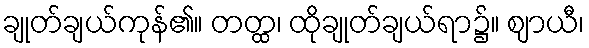
ချုတ်ချယ်ကုန်၏။ တတ္ထ၊ ထိုချုတ်ချယ်ရာ၌။ ဈာယီ၊